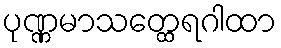
ပုဏ္ဏမာသတ္ထေရဂါထာ